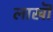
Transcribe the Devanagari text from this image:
लाखॊं